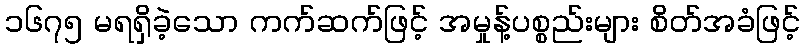
၁၆၇၅ မရရှိခဲ့သော ကက်ဆက်ဖြင့် အမှုန့်ပစ္စည်းများ စိတ်အခံဖြင့်